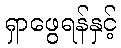
ရှာဖွေရန်နှင့်